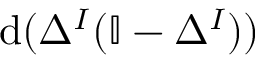
\mathrm { d } ( \Delta ^ { I } ( \mathbb { I } - \Delta ^ { I } ) )